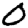
Digit: 0